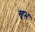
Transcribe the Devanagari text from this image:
खूभ